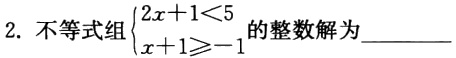
2. 不等式组\(\begin{cases}2x + 1<5 \\x + 1\geqslant - 1\end{cases}\)的整数解为_________